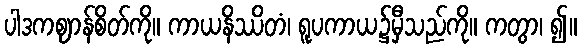
ပါဒကဈာန်စိတ်ကို။ ကာယနိဿိတံ၊ ရူပကာယ၌မှီသည်ကို။ ကတွာ၊ ၍။